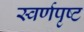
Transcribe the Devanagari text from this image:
स्वर्णपृष्ट